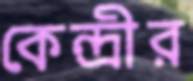
কেন্দ্রীর